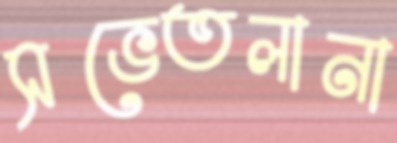
সভেতলানা